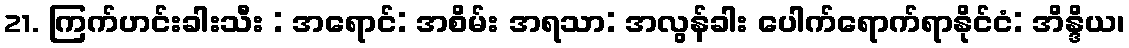
21. ကြက်ဟင်းခါးသီး : အရောင်: အစိမ်း အရသာ: အလွန်ခါး ပေါက်ရောက်ရာနိုင်ငံ: အိန္ဒိယ၊